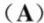
(A)